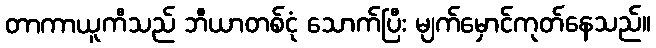
တာကာယူကီသည် ဘီယာတစ်ငုံ သောက်ပြီး မျက်မှောင်ကုတ်နေသည်။